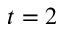
t = 2